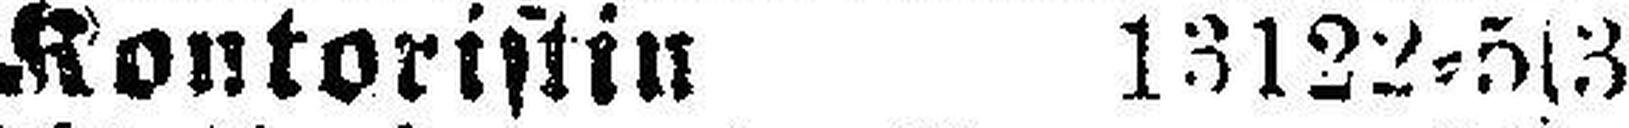
Kontoristin 13122=5s3